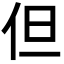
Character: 但